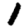
Digit: 1